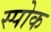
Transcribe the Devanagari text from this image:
स्‍पोक